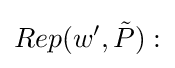
Rep(w',{\tilde {P}}):